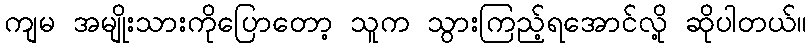
ကျမ အမျိုးသားကိုပြောတော့ သူက သွားကြည့်ရအောင်လို့ ဆိုပါတယ်။